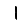
Digit: 1